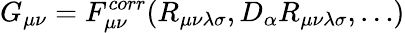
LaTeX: G_{\mu\nu}=F_{\mu\nu}^{corr}(R_{\mu\nu\lambda\sigma},D_{\alpha}R_{\mu\nu\lambda\sigma},\dots)